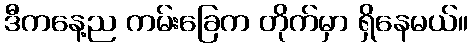
ဒီကနေ့ည ကမ်းခြေက တိုက်မှာ ရှိနေမယ်။